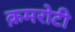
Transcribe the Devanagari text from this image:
क़मरोटी